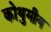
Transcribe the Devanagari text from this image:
कोथुमीय